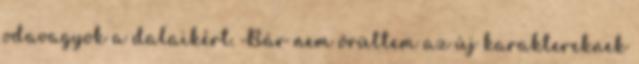
odavagyok a dalaikért. Bár nem örültem az új karaktereknek